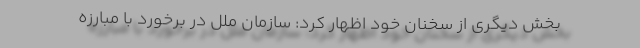
بخش دیگری از سخنان خود اظهار کرد: سازمان ملل در برخورد با مبارزه